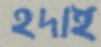
হদাই